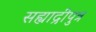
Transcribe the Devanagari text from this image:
सह्याद्रीपुत्र